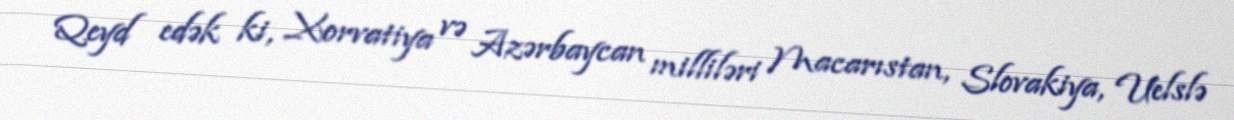
Qeyd edək ki, Xorvatiya və Azərbaycan milliləri Macarıstan, Slovakiya, Uelslə